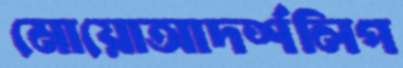
মোয়োআদর্শলিপ